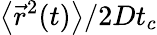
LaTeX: \left\langle\vec{r}^{2}(t)\right\rangle/2Dt_{c}